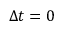
\Delta t = 0